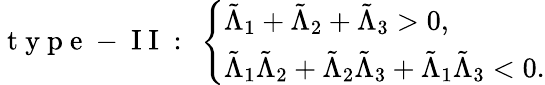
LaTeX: \mathrm{~t~y~p~e~-~I~I~:~}\left\{ \begin{array}{ll}{\tilde{\Lambda}_{1}+\tilde{\Lambda}_{2}+\tilde{\Lambda}_{3}>0,}\\ {\tilde{\Lambda}_{1}\tilde{\Lambda}_{2}+\tilde{\Lambda}_{2}\tilde{\Lambda}_{3}+\tilde{\Lambda}_{1}\tilde{\Lambda}_{3}<0.}\end{array}\right.